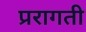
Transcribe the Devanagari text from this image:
प्ररागती